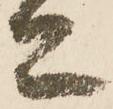
亦